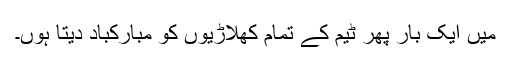
میں ایک بار پھر ٹیم کے تمام کھلاڑیوں کو مبارکباد دیتا ہوں۔